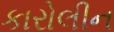
કારોલીન